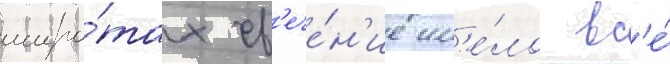
широ́тах св'ече́н'ие им'е́ло вс'е́